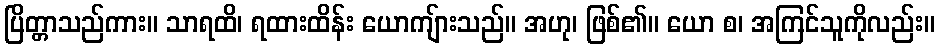
ပြိတ္တာသည်ကား။ သာရထိ၊ ရထားထိန်း ယောကျ်ားသည်။ အဟု၊ ဖြစ်၏။ ယော စ၊ အကြင်သူကိုလည်း။